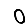
Digit: 0